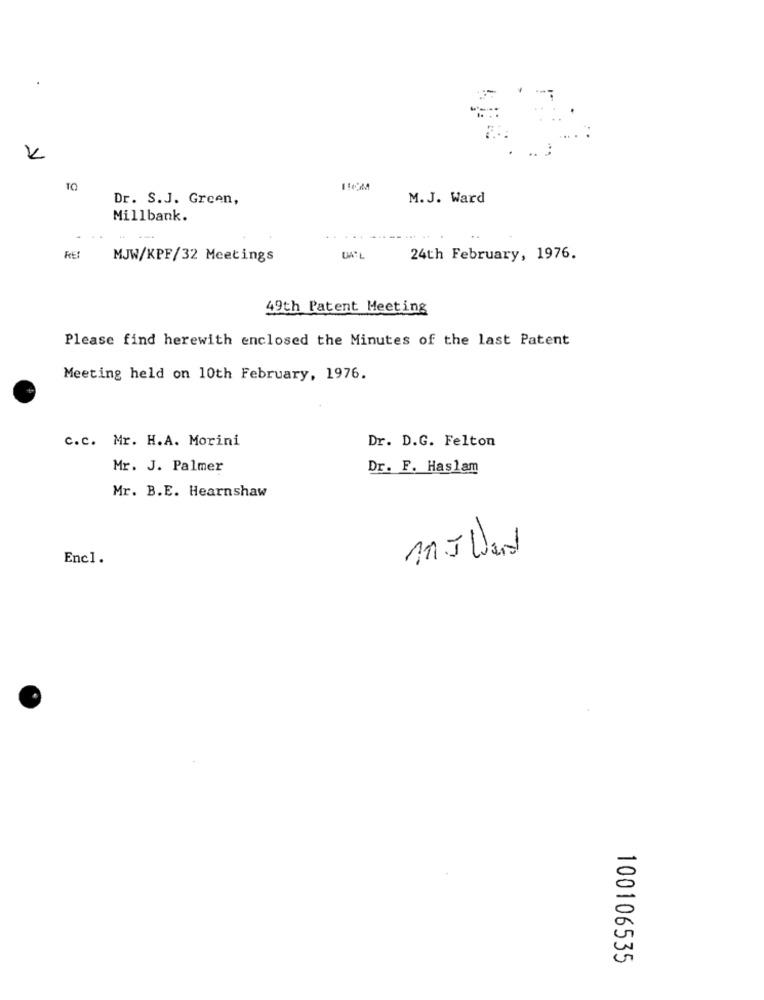
Dr. S.J. Green,
M.J. Ward
Millbank.
RES
MJW/KPF/32 Meetings
UA*
24th February, 1976.
49th Patent Meeting
Please find herewith enclosed the Minutes of the last Patent
Meeting held on 10th February, 1976.
c.c. Mr. H.A. Morini
Dr. D.G. Felton
Mr. J. Palmer
Dr. F. Haslam
Mr. B.E. Hearnshaw
mrJ Ward
Encl.
100106535